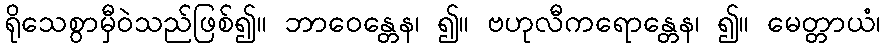
ရိုသေစွာမှီဝဲသည်ဖြစ်၍။ ဘာဝေန္တေန၊ ၍။ ဗဟုလီကရောန္တေန၊ ၍။ မေတ္တာယံ၊